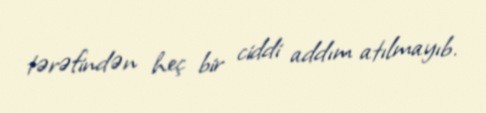
tərəfindən heç bir ciddi addım atılmayıb.